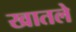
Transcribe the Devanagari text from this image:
खातले